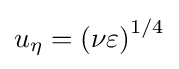
u_{\eta }=\left(\nu \varepsilon \right)^{1/4}